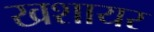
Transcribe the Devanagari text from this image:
खशायर